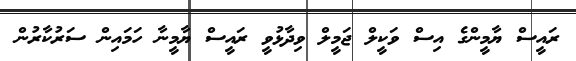
ރައީސް ޔާމީންގެ އިސް ވަކީލް ޖަމީލް ވިދާޅުވީ ރައީސް ޔާމީނާ ހަމައިން ސަރުކާރުން